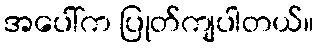
အပေါ်က ပြုတ်ကျပါတယ်။